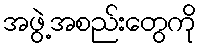
အဖွဲ့အစည်းတွေကို